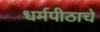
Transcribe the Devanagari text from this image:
धर्मपीठाचे